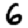
Digit: 6